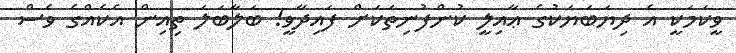
ވީކަމަކީ އެ ދިޔަބަޔަކުގެ ޢާއިލީ ކުންފުނިތަަކަށް ފައިދާވީ! ބަލާބަލަ ތިއިން އެކެއްގެ ވެސް